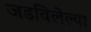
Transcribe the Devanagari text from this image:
जडविलेल्या